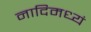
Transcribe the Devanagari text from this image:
नादिमध्यं